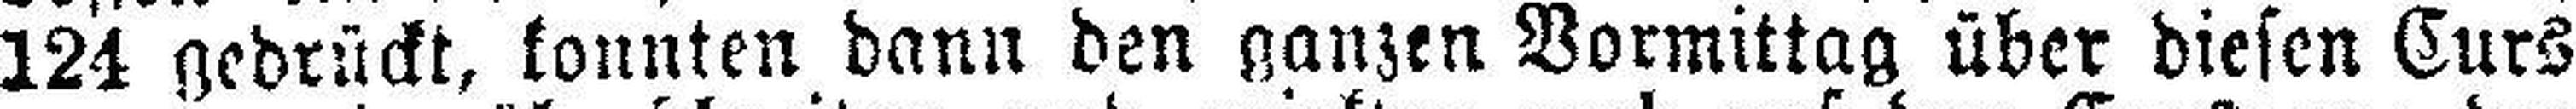
124 gedrückt, konnten dann den ganzen Vormittag über diesen Curs